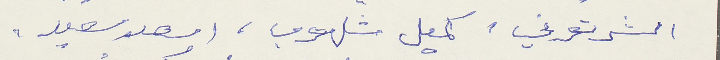
الشرتوني، كميل شلهوب، اسعد سعيد،